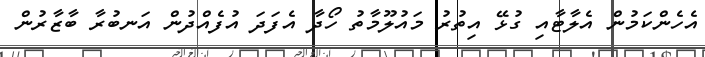
އެހެންކަމުން އެލާޓާއި ގުޅޭ އިތުރު މައުލޫމާތު ހޯދާ އެފަދަ އުފެއްދުން އަނބުރާ ބާޒާރުން